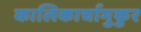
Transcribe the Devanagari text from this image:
कालिकार्चामुकुर